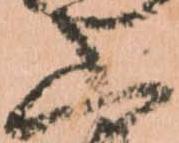
山